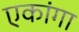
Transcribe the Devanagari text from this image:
एकांगा